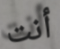
أنت